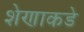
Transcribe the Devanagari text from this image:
शेणाकडे